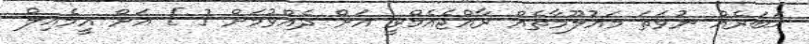
ޚަބަރެއް ނުވަތަ މައުލޫމާތެއް ރާއްޖެއެމްވީ އަށް ދެއްވުމަށް [ ] އަށް އީމެއިލް